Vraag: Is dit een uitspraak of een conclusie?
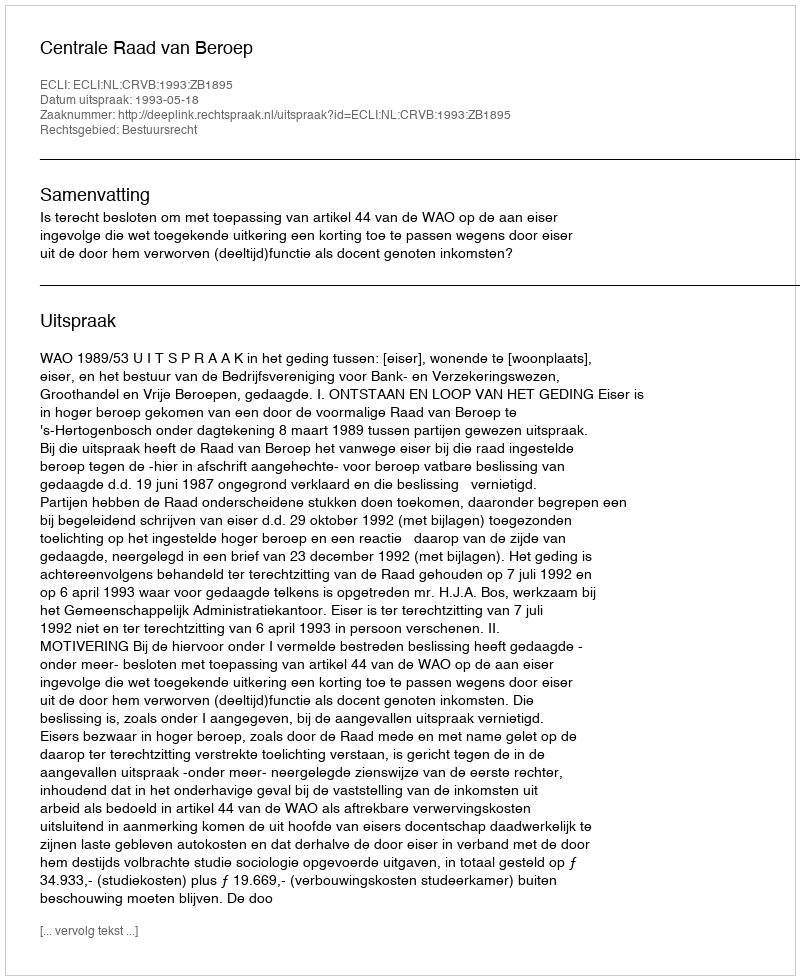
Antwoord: Uitspraak